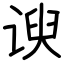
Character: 谀